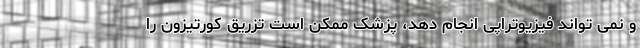
و نمی تواند فیزیوتراپی انجام دهد، پزشک ممکن است تزریق کورتیزون را